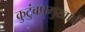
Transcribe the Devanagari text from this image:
कुटुंबप्रमुखाचे